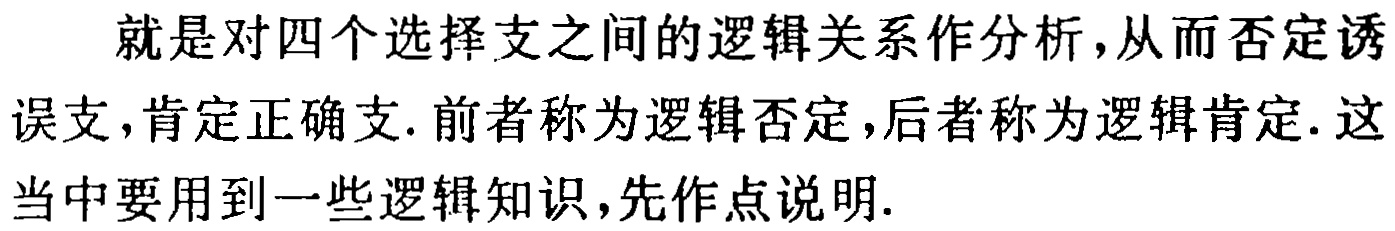
就是对四个选择支之间的逻辑关系作分析，从而否定诱误支，肯定正确支. 前者称为逻辑否定，后者称为逻辑肯定. 这当中要用到一些逻辑知识，先作点说明.